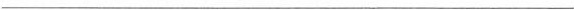
___